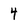
Character: 4